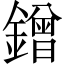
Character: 鏳